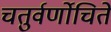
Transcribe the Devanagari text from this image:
चतुर्वर्णोचितें